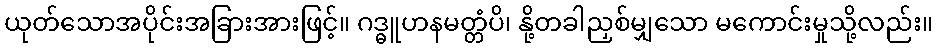
ယုတ်သောအပိုင်းအခြားအားဖြင့်။ ဂဒ္ဓူဟနမတ္တံပိ၊ နို့တခါညှစ်မျှသော မကောင်းမှုသို့လည်း။